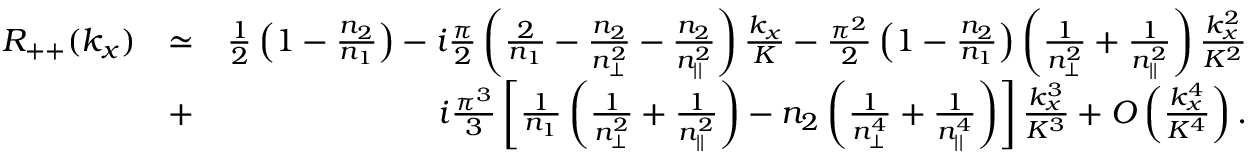
\begin{array} { r l r } { R _ { + + } ( k _ { x } ) } & { \simeq } & { \frac { 1 } { 2 } \left( 1 - \frac { n _ { 2 } } { n _ { 1 } } \right) - i \frac { \pi } { 2 } \left( \frac { 2 } { n _ { 1 } } - \frac { n _ { 2 } } { n _ { \perp } ^ { 2 } } - \frac { n _ { 2 } } { n _ { | | } ^ { 2 } } \right) \frac { k _ { x } } { K } - \frac { \pi ^ { 2 } } { 2 } \left( 1 - \frac { n _ { 2 } } { n _ { 1 } } \right) \left( \frac { 1 } { n _ { \perp } ^ { 2 } } + \frac { 1 } { n _ { | | } ^ { 2 } } \right) \frac { k _ { x } ^ { 2 } } { K ^ { 2 } } } \\ & { + } & { i \frac { \pi ^ { 3 } } { 3 } \left[ \frac { 1 } { n _ { 1 } } \left( \frac { 1 } { n _ { \perp } ^ { 2 } } + \frac { 1 } { n _ { | | } ^ { 2 } } \right) - n _ { 2 } \left( \frac { 1 } { n _ { \perp } ^ { 4 } } + \frac { 1 } { n _ { | | } ^ { 4 } } \right) \right] \frac { k _ { x } ^ { 3 } } { K ^ { 3 } } + { \cal O } \left( \frac { k _ { x } ^ { 4 } } { K ^ { 4 } } \right) . } \end{array}